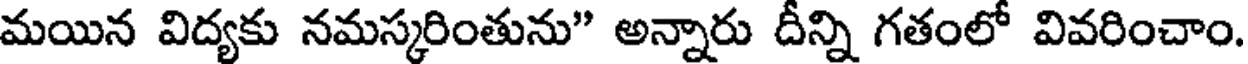
మయిన విద్యకు నమస్కరింతును" అన్నారు దీన్ని గతంలో వివరించాం